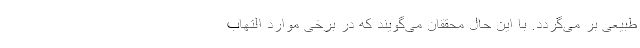
طبیعی بر می‌گردد. با این حال محققان می‌گویند که در برخی موارد التهاب